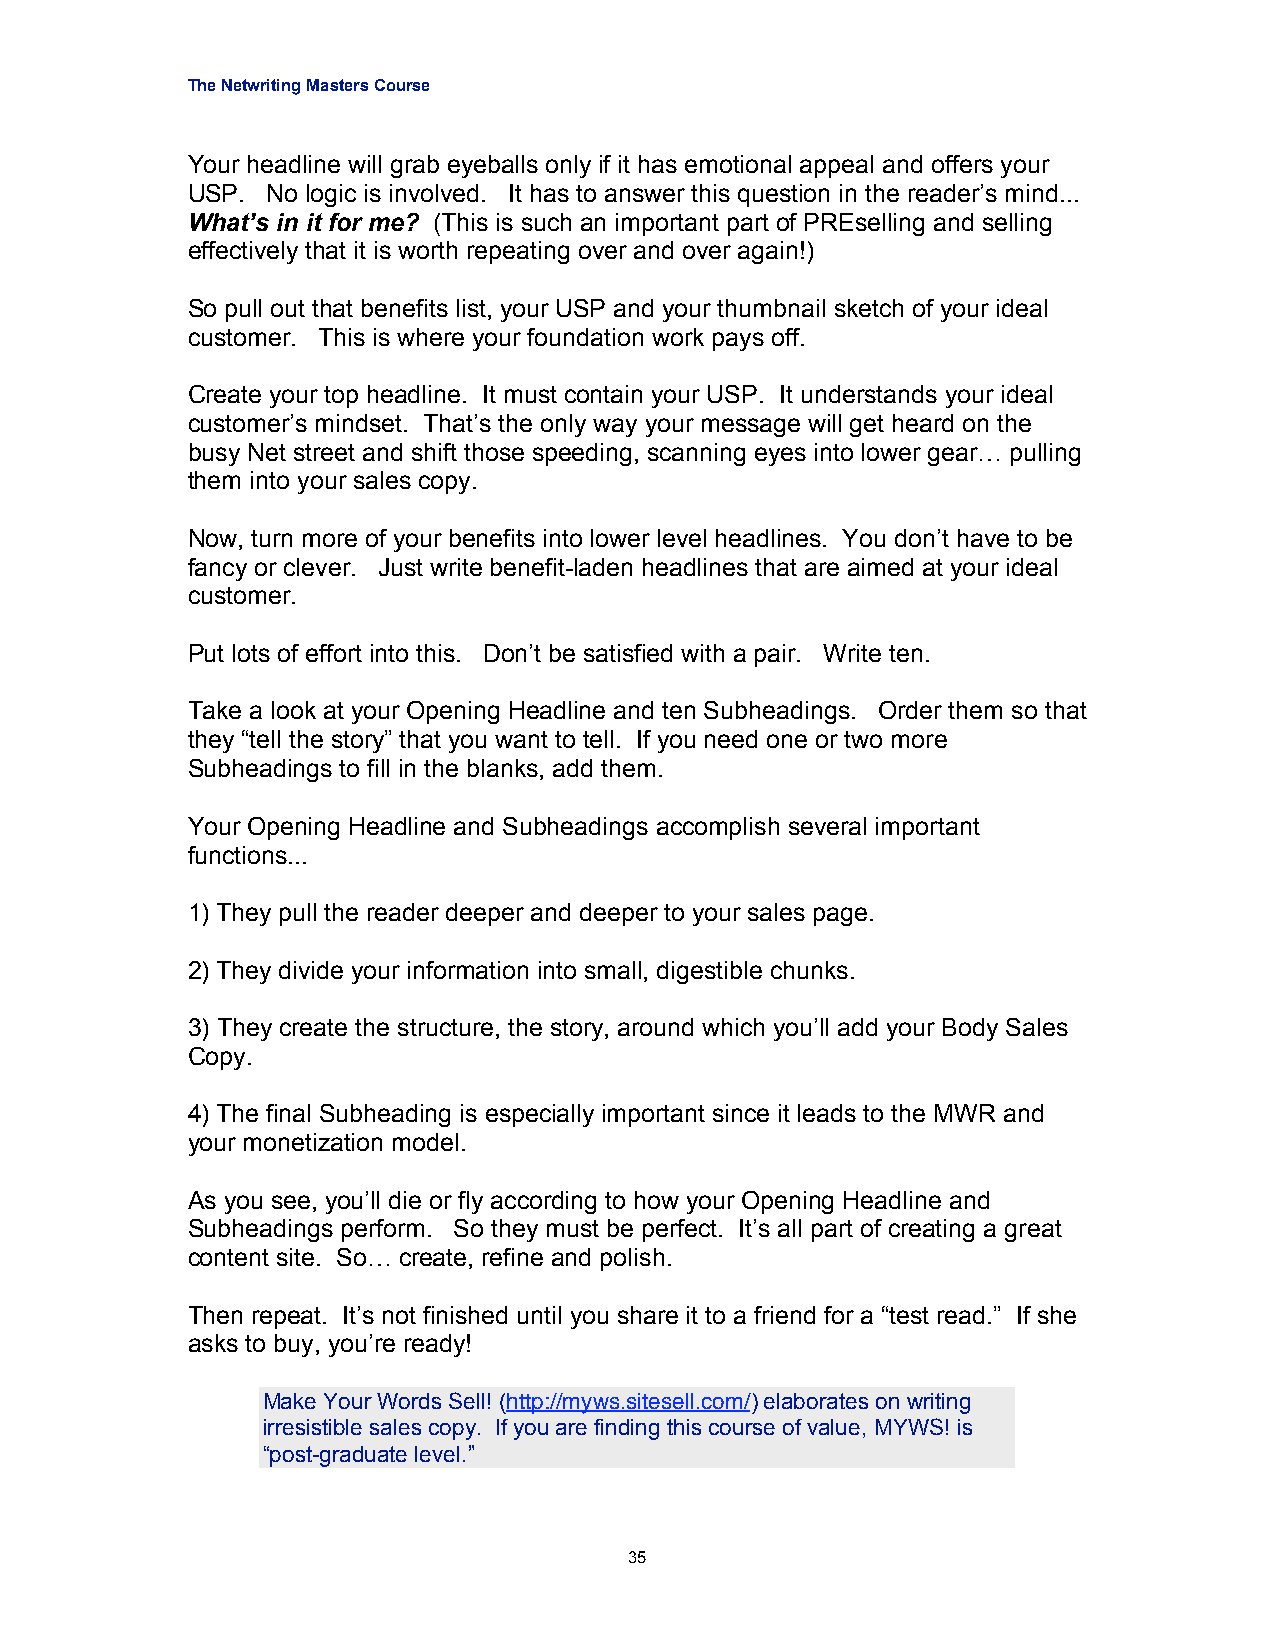
The Netwriting Masters Course
 Your headline will grab eyeballs only if it has emotional appeal and offers your
 USP.  No logic is involved. It has to answer this question in the reader’s mind...
 What’s in it for me? (This is such an important part of PREselling and selling
 effectively that it is worth repeating over and over again!)
 So pull out that benefits list, your USP and your thumbnail sketch of your ideal
 customer. This is where your foundation work pays off.
 Create your top headline. It must contain your USP. It understands your ideal
 customer’s mindset. That’s the only way your message will get heard on the
 busy Net street and shift those speeding, scanning eyes into lower gear… pulling
 them into your sales copy.
 Now, turn more of your benefits into lower level headlines. You don’t have to be
 fancy or clever. Just write benefit-laden headlines that are aimed at your ideal
 customer.
 Put lots of effort into this. Don’t be satisfied with a pair. Write ten.
 Take a look at your Opening Headline and ten Subheadings. Order them so that
 they “tell the story” that you want to tell. If you need one or two more
 Subheadings to fill in the blanks, add them.
 Your Opening Headline and Subheadings accomplish several important
 functions...
 1) They pull the reader deeper and deeper to your sales page.
 2) They divide your information into small, digestible chunks.
 3) They create the structure, the story, around which you’ll add your Body Sales
 Copy.
 4) The final Subheading is especially important since it leads to the MWR and
 your monetization model.
 As you see, you’ll die or fly according to how your Opening Headline and
 Subheadings perform. So they must be perfect. It’s all part of creating a great
 content site. So… create, refine and polish.
 Then repeat. It’s not finished until you share it to a friend for a “test read.” If she
 asks to buy, you’re ready!
 Make Your Words Sell! (http://myws.sitesell.com/) elaborates on writing
 irresistible sales copy. If you are finding this course of value, MYWS! is
 “post-graduate level.”
 35